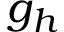
g _ { h }